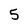
Character: 5